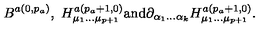
B ^ { a ( 0 , p _ { a } ) } , \ H _ { \mu _ { 1 } \ldots \mu _ { p + 1 } } ^ { a ( p _ { a } + 1 , 0 ) } \mathrm { a n d } \partial _ { \alpha _ { 1 } \ldots \alpha _ { k } } H _ { \mu _ { 1 } \ldots \mu _ { p + 1 } } ^ { a ( p _ { a } + 1 , 0 ) } .